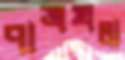
পাত্রখলা